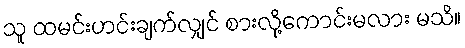
သူ ထမင်းဟင်းချက်လျှင် စားလို့ကောင်းမလား မသိ။